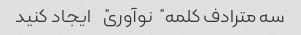
سه مترادف کلمه "نوآوری" ایجاد کنید